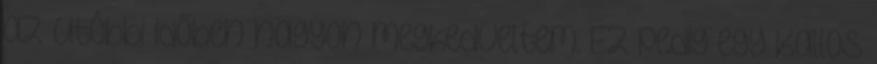
az utóbbi időben nagyon megkedveltem. Ez pedig egy Kallos